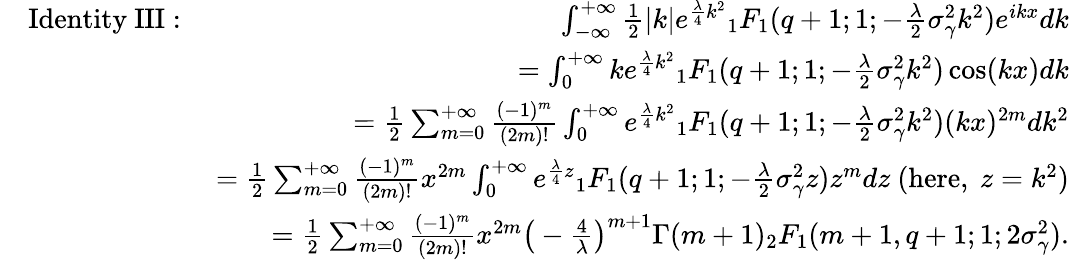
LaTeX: \begin{array}{rlr}&{\mathrm{Identity\ III:}\ }&{\int_{-\infty}^{+\infty}\frac{1}{2}|k|e^{\frac{\lambda}{4}k^{2}}{_1F_{1}}(q+1;1;-\frac{\lambda}{2}\sigma_{\gamma}^{2}k^{2})e^{ikx}dk}\\ &{}&{=\int_{0}^{+\infty}ke^{\frac{\lambda}{4}k^{2}}{_1F_{1}}(q+1;1;-\frac{\lambda}{2}\sigma_{\gamma}^{2}k^{2})\cos(kx)dk}\\ &{}&{=\frac{1}{2}\sum_{m=0}^{+\infty}\frac{(-1)^{m}}{(2m)!}\int_{0}^{+\infty}e^{\frac{\lambda}{4}k^{2}}{_1F_{1}}(q+1;1;-\frac{\lambda}{2}\sigma_{\gamma}^{2}k^{2})(kx)^{2m}dk^{2}}\\ &{}&{=\frac{1}{2}\sum_{m=0}^{+\infty}\frac{(-1)^{m}}{(2m)!}x^{2m}\int_{0}^{+\infty}e^{\frac{\lambda}{4}z}{_1F_{1}}(q+1;1;-\frac{\lambda}{2}\sigma_{\gamma}^{2}z)z^{m}dz\ (\mathrm{here},\ z=k^{2})}\\ &{}&{=\frac{1}{2}\sum_{m=0}^{+\infty}\frac{(-1)^{m}}{(2m)!}x^{2m}\big(-\frac{4}{\lambda}\big)^{m+1}\Gamma(m+1){_2F_{1}}(m+1,q+1;1;2\sigma_{\gamma}^{2}).}\end{array}